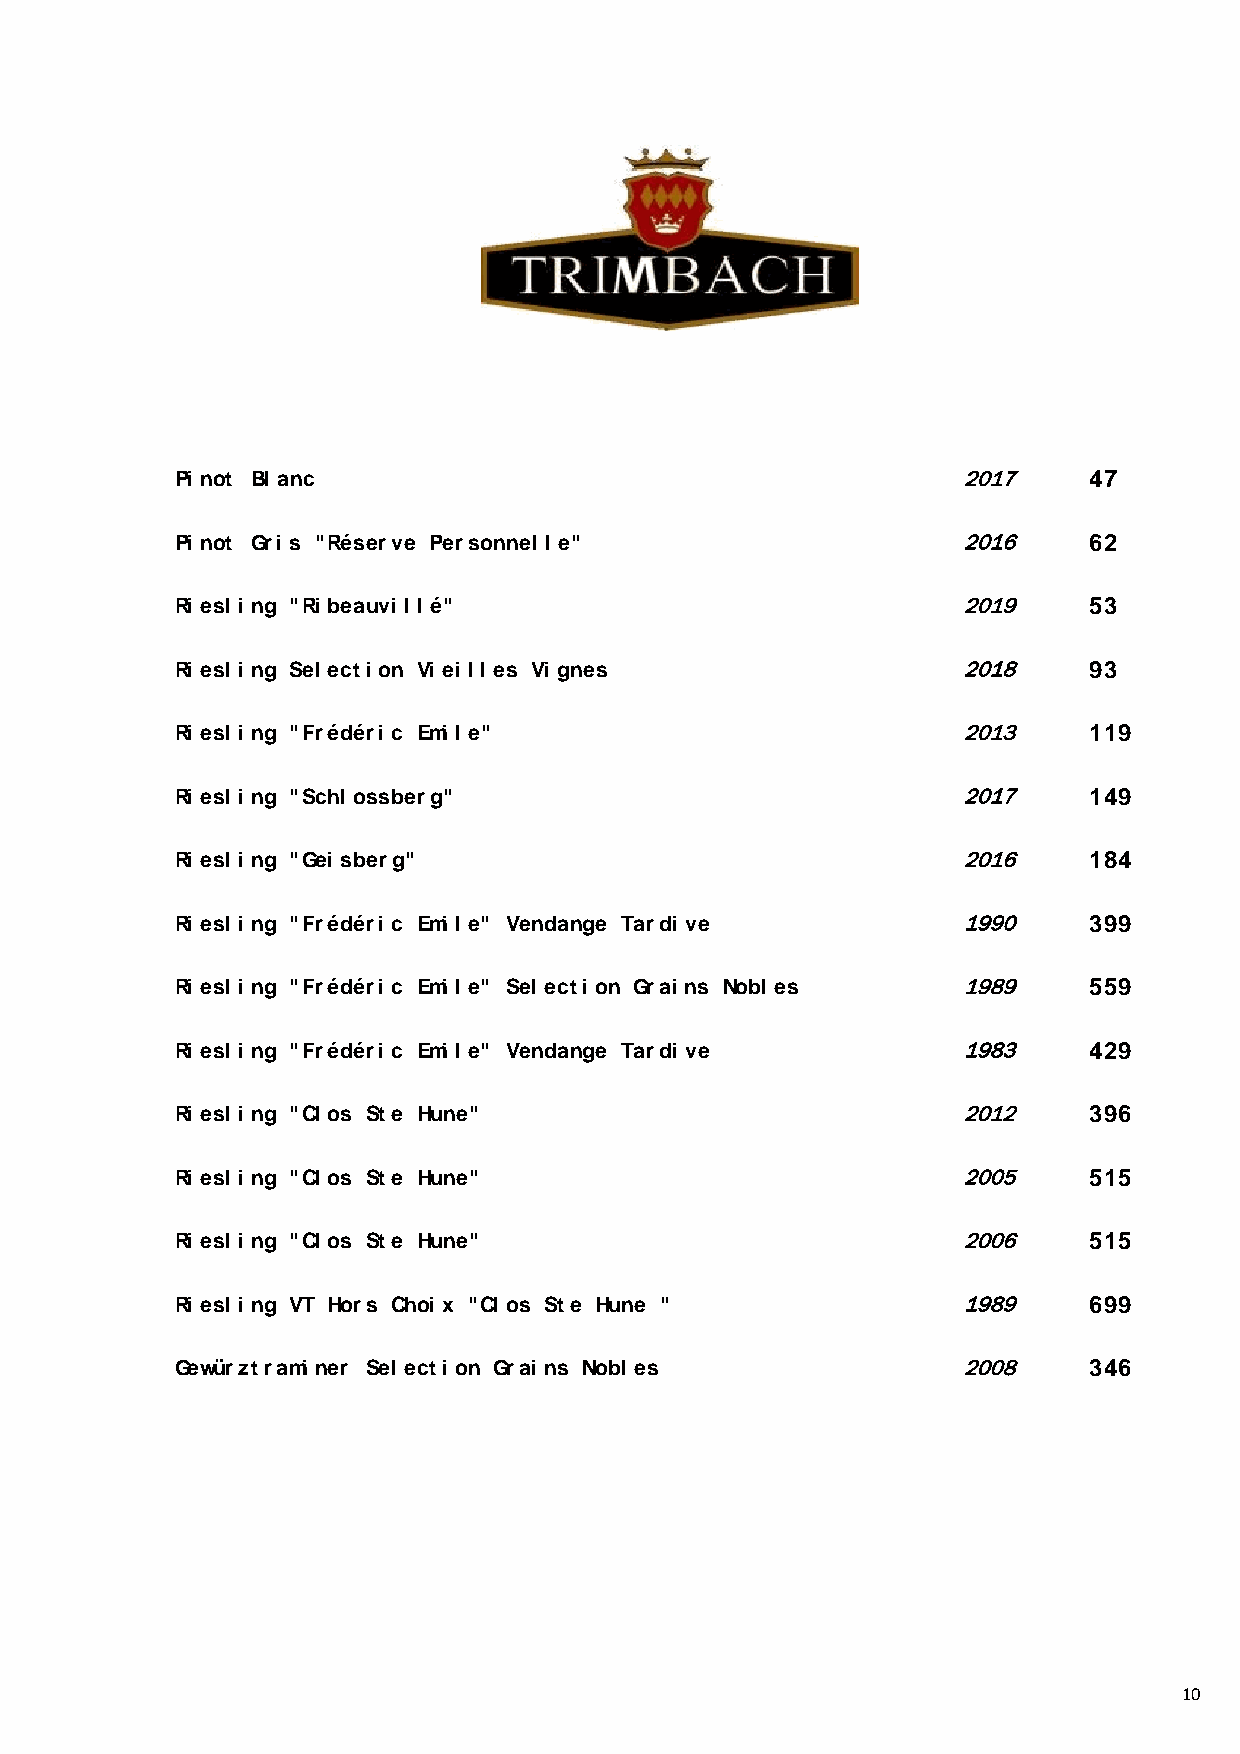
Pi not Bl anc                                       2017     47
 Pi not Gri s "Réserve Personnel l e"                2016     62
 Ri esl i ng "Ri beauvi l l é"                       2019     53
 Ri esl i ng Sel ecti on Vi ei l l es Vi gnes        2018     93
 Ri esl i ng "Frédéri c Emi l e"                     2013     119
 Ri esl i ng "Schl ossberg"                          2017     149
 Ri esl i ng "Gei sberg"                             2016     184
 Ri esl i ng "Frédéri c Emi l e" Vendange Tardi ve   1990     399
 Ri esl i ng "Frédéri c Emi l e" Sel ecti on Grai ns Nobl es 1989 559
 Ri esl i ng "Frédéri c Emi l e" Vendange Tardi ve   1983     429
 Ri esl i ng "Cl os Ste Hune"                        2012     396
 Ri esl i ng "Cl os Ste Hune"                        2005     515
 Ri esl i ng "Cl os Ste Hune"                        2006     515
 Ri esl i ng VT Hors Choi x "Cl os Ste Hune "        1989     699
 Gewürztrami ner Sel ecti on Grai ns Nobl es         2008     346
 10